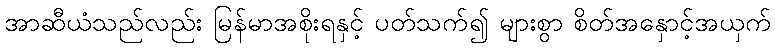
အာဆီယံသည်လည်း မြန်မာအစိုးရနှင့် ပတ်သက်၍ များစွာ စိတ်အနှောင့်အယှက်